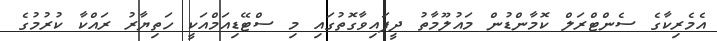
އެމެރިކާގެ ސެންޓްރަލް ކޮމާންޑުން މައުލޫމާތު ދީފައިވާގޮތުގައި މި ސްޓޭޑިއަމްއަކީ ހަތިޔާރު ރައްކާ ކުރުމުގެ